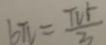
6 \pi = \frac { \pi r } { 3 }